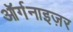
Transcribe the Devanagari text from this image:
ऑर्गनाइज़र